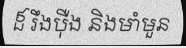
ដ៏ រឹងប៉ឺង និងមាំមួន